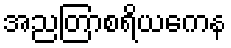
အညတြာစရိယကေန